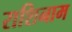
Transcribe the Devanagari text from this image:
राशिनाम